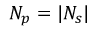
N _ { p } = | N _ { s } |